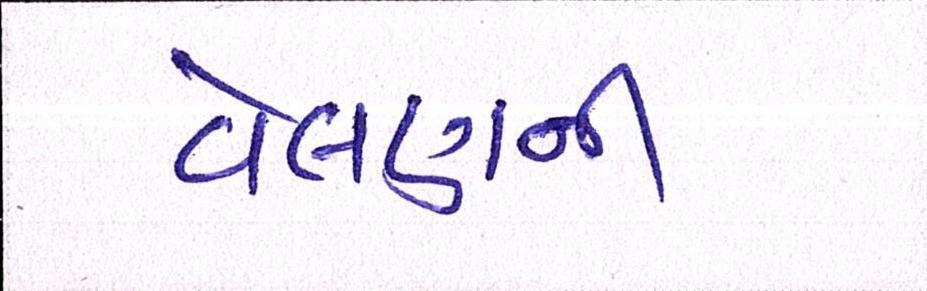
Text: વેલણની